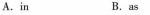
A.in B.as